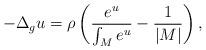
LaTeX: \begin{align*}-\Delta_g u=\rho\left(\frac{e^u}{\int_{M}e^u}-\frac{1}{|M|}\right),\end{align*}